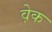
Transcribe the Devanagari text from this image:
व़ेक